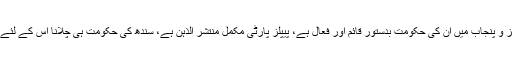
دیکھا جائے تو مرکز و پنجاب میں ان کی حکومت بدستور قائم اور فعال ہے، پیپلز پارٹی مکمل منتشر الذہن ہے، سندھ کی حکومت ہی چلانا اس کے لئے مشکل امر رہتا ہے۔